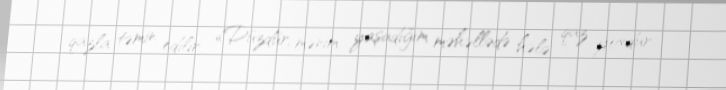
qazla təmin edilir: «Düzdür, mənim yaşadığım məhəllədə hələ qaz yoxdur.